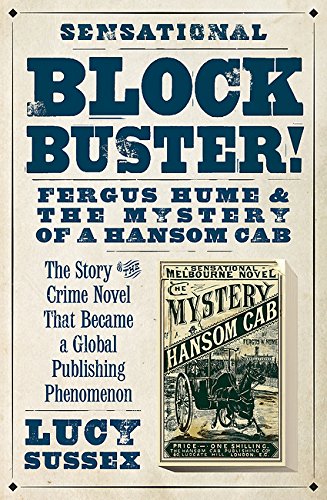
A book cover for Blockbuster!: Fergus Hume & the Mystery of a Hansom Cab; Lucy Sussex; History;